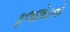
ફૂલછોડનો